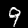
Digit: 9